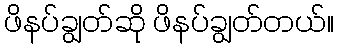
ဖိနပ်ချွတ်ဆို ဖိနပ်ချွတ်တယ်။